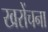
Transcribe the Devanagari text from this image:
खरोंचना